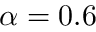
\alpha = 0 . 6